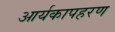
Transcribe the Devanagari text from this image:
आर्यकापहरण